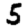
Digit: 5